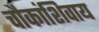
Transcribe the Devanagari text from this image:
चौकांशिवाय